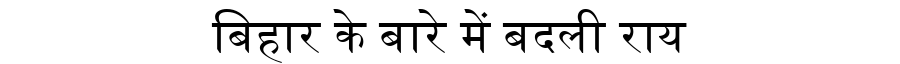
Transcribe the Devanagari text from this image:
बिहार के बारे में बदली राय